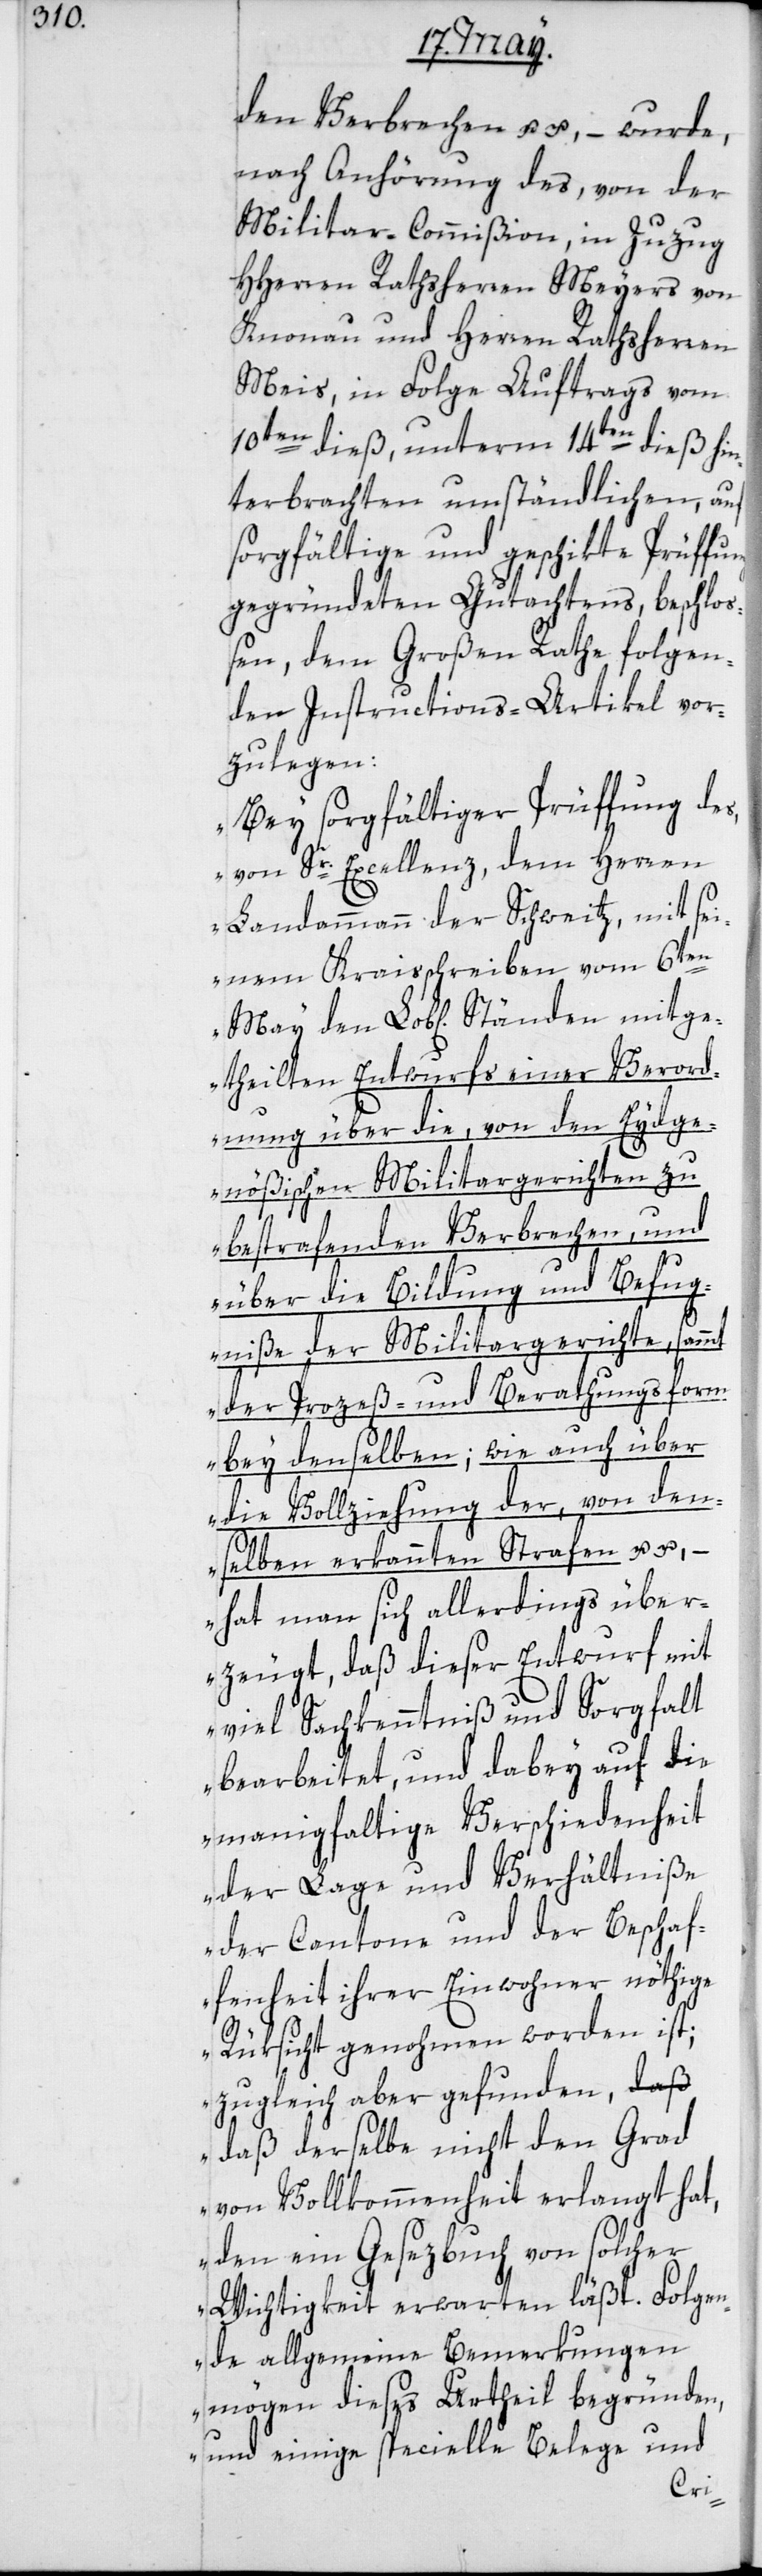
den Verbrechen u. u., – wurde,
nach Anhörung des von der
Militar-Commißion in Zuzug
HHerren Rathsherren Meyers von
Knonau und Herren Rathsherren
Meis, in Folge Auftrags vom
10ten dieß, unterm 14ten dieß hin¬
terbrachten umständlichen, auf
sorgfältige und geschikte Prüffung
gegründeten Gutachtens beschloß¬
en, dem Großen Rathe folgen¬
den Instructions-Artikel vor¬
zulegen:
„Bey sorgfältiger Prüffung des
von Sr. Excellenz, dem Herren
Landammann der Schweitz, mit sei¬
nem Kraisschreiben vom 6ten
etheilten Entwurfs einer Verord¬
nung über die von den Eydge¬
nößischen Militargerichten zu
bestrafenden Verbrechen, und
über die Bildung und Befug¬
niße der Miltargerichte, sammt
der Prozeß- und Berathungsform
bey denselben; wie auch über
die Vollziehung der, von dens¬
– hat man sich allerdings über¬
zeugt, daß dieser Entwurf mit
viel Sachkenntniß und Sorgfalt
bearbeitet, und dabey auf die
manigfaltige Verschiedenheit
der Lage und Verhältniße
der Cantone und der Beschaf¬
fenheit ihrer Einwohner nöthige
Rüksicht genohmen worden ist;
zugleich aber gefunden, daß
derselbe nicht den Grad
von Vollkommenheit erlangt hat,
den ein Gesezbuch von solcher
Wichtigkeit erwarten läßt. Folgen¬
de allgemeine Bemerkungen
mögen dieses Urtheil begründen,
und einige specielle Belege und
elben